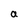
Character: a